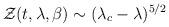
LaTeX: \begin{align*}{\cal Z}(t,\lambda,\beta) \sim (\lambda_c-\lambda)^{5/2}\end{align*}